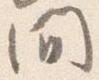
間